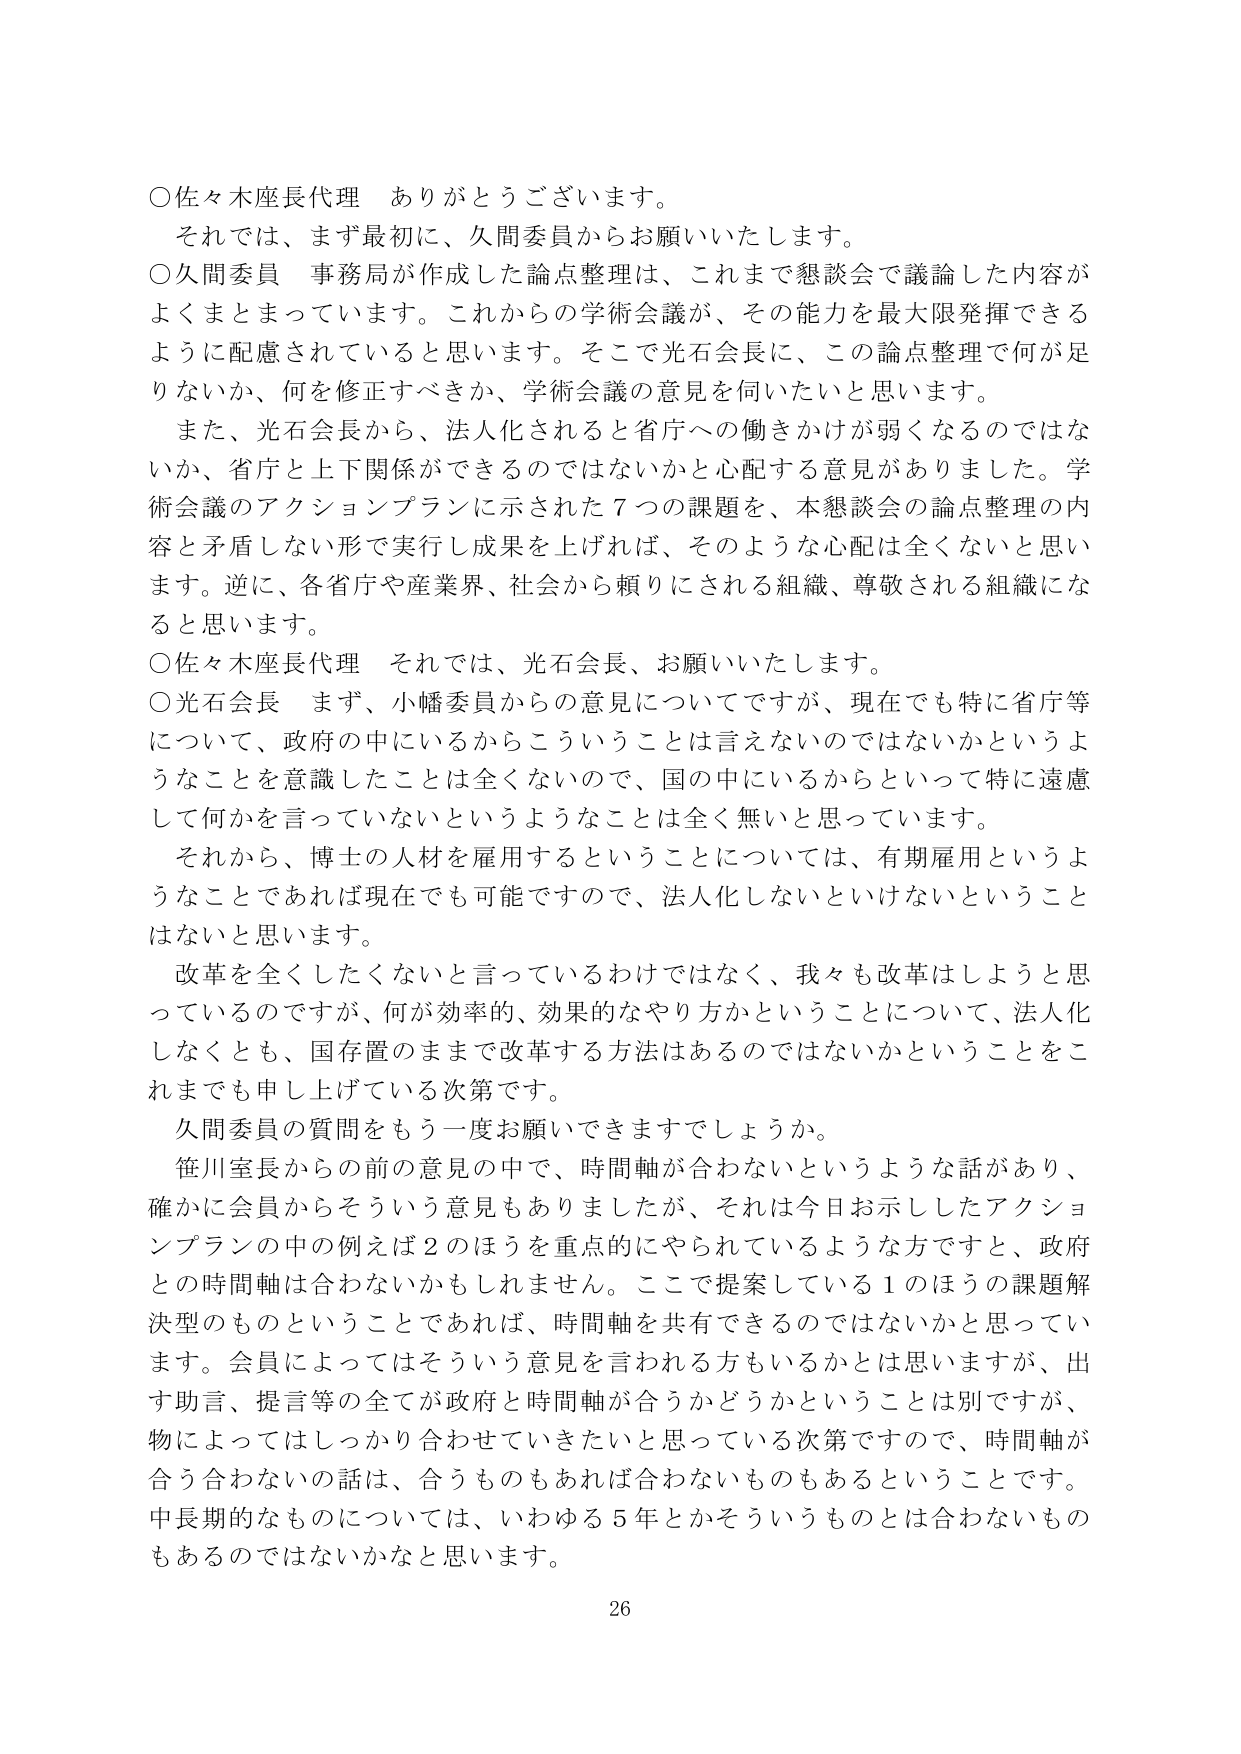
○佐々木座長代理　ありがとうございます。
　それでは、まず最初に、久間委員からお願いいたします。
○久間委員　事務局が作成した論点整理は、これまで懇談会で議論した内容が
よくまとまっています。これからの学術会議が、その能力を最大限発揮できる
ように配慮されていると思います。そこで光石会長に、この論点整理で何が足
りないか、何を修正すべきか、学術会議の意見を伺いたいと思います。
　また、光石会長から、法人化されると省庁への働きかけが弱くなるのではな
いか、省庁と上下関係ができるのではないかと心配する意見がありました。学
術会議のアクションプランに示された７つの課題を、本懇談会の論点整理の内
容と矛盾しない形で実行し成果を上げれば、そのような心配は全くないと思い
ます。逆に、各省庁や産業界、社会から頼りにされる組織、尊敬される組織にな
ると思います。
○佐々木座長代理　それでは、光石会長、お願いいたします。
○光石会長　まず、小幡委員からの意見についてですが、現在でも特に省庁等
について、政府の中にあるからこういうことは言えないのではないかというよ
うなことを意識したことは全くないので、国の中にあるからといって特に遠慮
して何かを言っていないというようなことは全く無いと思っています。
　それから、博士の人材を雇用するということについては、有期雇用というよ
うなことであれば現在でも可能ですので、法人化しないといけないということ
はないと思います。
　改革を全くしたくないと言っているわけではなく、我々も改革はしようと思
っているのですが、何が効率的、効果的なやり方かということについて、法人化
しなくとも、国存置のままで改革する方法はあるのではないかということをこ
れまでも申し上げている次第です。
　久間委員の質問をもう一度お願いできますでしょうか。
　笹川室長からの前の意見の中で、時間軸が合わないというような話があり、
確かに会員からそういう意見もありましたが、それは今日お示ししたアクショ
ンプランの中の例えば２のほうを重点的にやられているような方ですと、政府
との時間軸は合わないかもしれません。ここで提案している１のほうの課題解
決型のものというとであれば、時間軸を共有できるのではないかと思ってい
ます。会員によってはそういう意見を言われる方もいるかとは思いますが、出
す助言、提言等の全てが政府と時間軸が合うかどうかということは別ですが、
物によってはしっかり合わせていきたいと思っている次第ですので、時間軸が
合う合わないの話は、合うものもあれば合わないものもあるということです。
中長期的なものについては、いわゆる５年とかそういうものとは合わないもの
もあるのではないかなと思います。
26